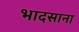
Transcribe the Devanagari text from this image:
भादसाना